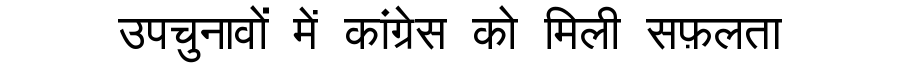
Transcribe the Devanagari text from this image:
उपचुनावों में कांग्रेस को मिली सफ़लता